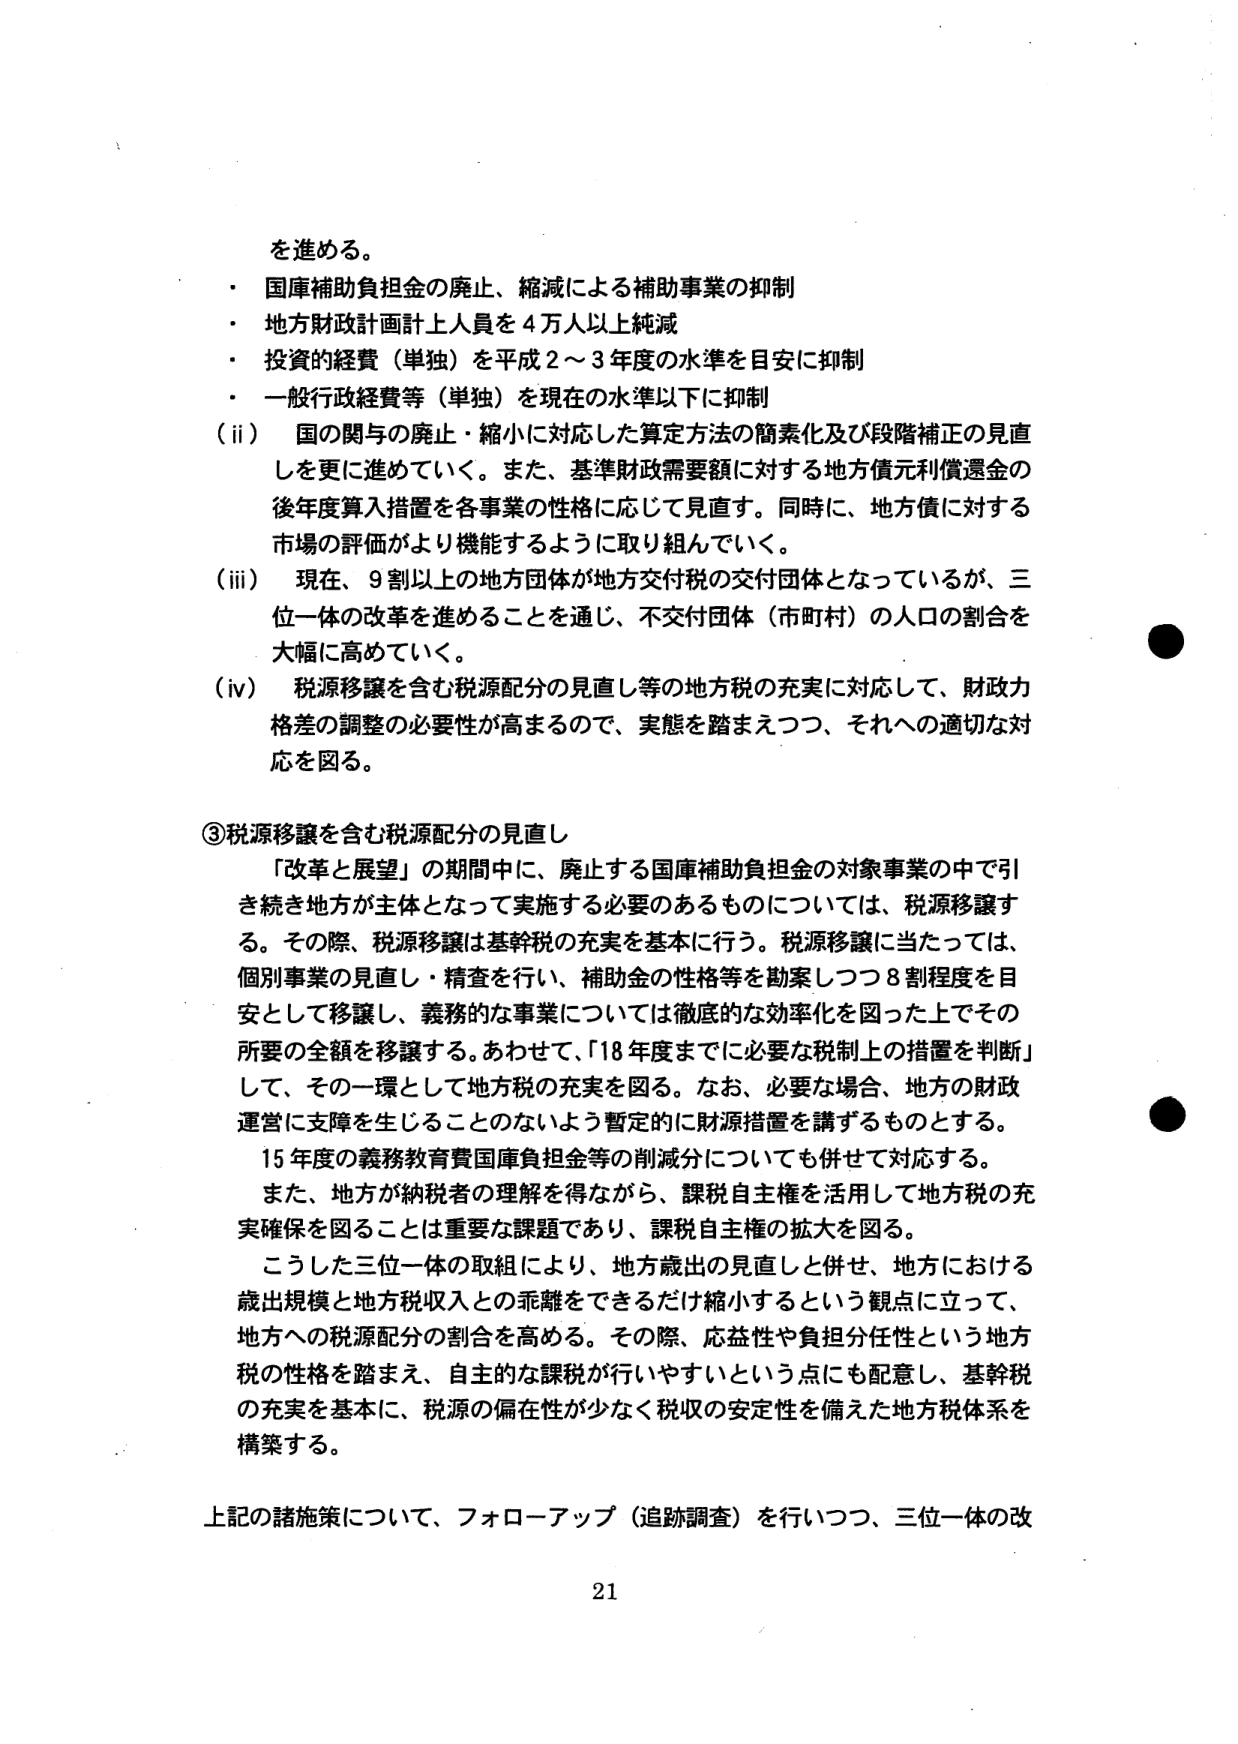
を進める。
・ 国庫補助負担金の廃止、縮減による補助事業の抑制
・ 地方財政計画計上人員を４万人以上純減
・ 投資的経費（単独）を平成２～３年度の水準を目安に抑制
・ 一般行政経費等（単独）を現在の水準以下に抑制
（ⅱ） 国の関与の廃止・縮小に対応した算定方法の簡素化及び段階補正の見直しを更に進めていく。また、基準財政需要額に対する地方債元利償還金の後年度算入措置を各事業の性格に応じて見直す。同時に、地方債に対する市場の評価がより機能するように取り組んでいく。
（ⅲ） 現在、９割以上的地方団体が地方交付税の交付団体となっているが、三位一体の改革を進めることを通じ、不交付団体（市町村）の人口の割合を大幅に高めていく。
（ⅳ） 税源移譲を含む税源配分の見直し等の地方税の充実に対応して、財政力格差の調整の必要性が高まるので、実態を踏まえつつ、それへの適切な対応を図る。

③税源移譲を含む税源配分の見直し
「改革と展望」の期間中に、廃止する国庫補助負担金の対象事業の中で引き続き地方が主体となって実施する必要のあるものについては、税源移譲する。その際、税源移譲は基幹税の充実を基本に行う。税源移譲に当たっては、個別事業の見直し・精査を行い、補助金の性格等を勘案しつつ８割程度を目安として移譲し、義務的な事業については徹底的な効率化を図った上でその所要の全額を移譲する。あわせて、「18年度までに必要な税制上の措置を判断」して、その一環として地方税の充実を図る。なお、必要な場合、地方の財政運営に支障を生じることのないよう暫定的に財源措置を講ずるものとする。
15年度の義務教育費国庫負担金等の削減分についても併せて対応する。
また、地方が納税者の理解を得ながら、課税自主権を活用して地方税の充実確保を図ることは重要な課題であり、課税自主権の拡大を図る。
こうした三位一体の取組により、地方歳出の見直しと併せ、地方における歳出規模と地方税収入との乖離をできるだけ縮小するという観点に立って、地方への税源配分の割合を高める。その際、応益性や負担分任性という地方税の性格を踏まえ、自主的な課税が行いやすいという点にも配意し、基幹税の充実を基本に、税源の偏在性が少なく税収の安定性を備えた地方税体系を構築する。

上記の諸施策について、フォローアップ（追跡調査）を行いつつ、三位一体の改

21